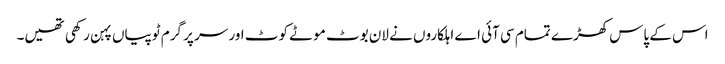
اس کے پاس کھڑے تمام سی آئی اے اہلکاروں نے لان بوٹ موٹے کوٹ اور سر پر گرم ٹوپیاں پہن رکھی تھیں۔